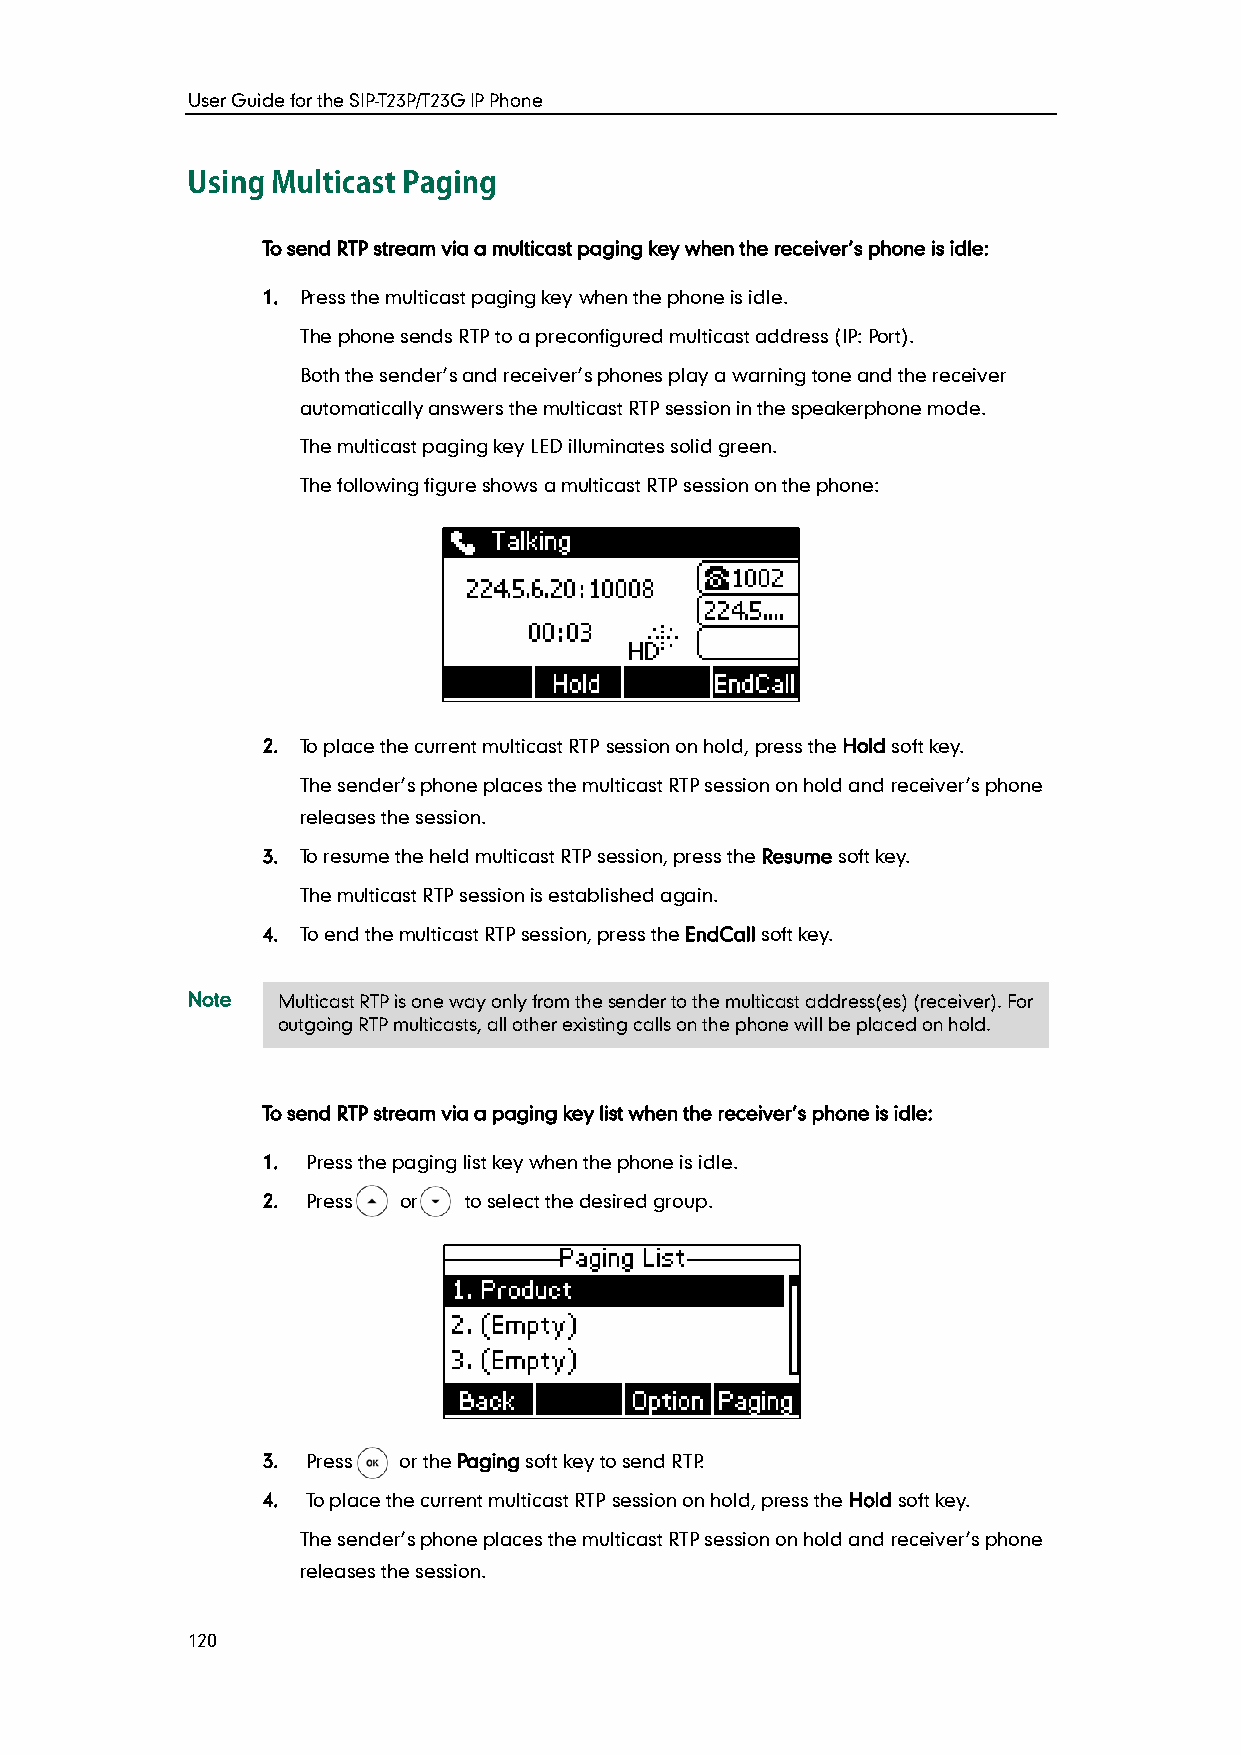
User Guide for the SIP-T23P/T23G IP Phone
 To send RTP stream via a multicast paging key when the receiver’s phone is idle:
 1. Press the multicast paging key when the phone is idle.
 The phone sends RTP to a preconfigured multicast address (IP: Port).
 Both the sender’s and receiver’s phones play a warning tone and the receiver
 automatically answers the multicast RTP session in the speakerphone mode.
 The multicast paging key LED illuminates solid green.
 The following figure shows a multicast RTP session on the phone:
 2. To place the current multicast RTP session on hold, press the Hold soft key.
 The sender’s phone places the multicast RTP session on hold and receiver’s phone
 releases the session.
 3. To resume the held multicast RTP session, press the Resume soft key.
 The multicast RTP session is established again.
 4. To end the multicast RTP session, press the EndCall soft key.
 Note  Multicast RTP is one way only from the sender to the multicast address(es) (receiver). For
 outgoing RTP multicasts, all other existing calls on the phone will be placed on hold.
 To send RTP stream via a paging key list when the receiver’s phone is idle:
 1. Press the paging list key when the phone is idle.
 2. Press or   to select the desired group.
 3. Press or the Paging soft key to send RTP.
 4. To place the current multicast RTP session on hold, press the Hold soft key.
 The sender’s phone places the multicast RTP session on hold and receiver’s phone
 releases the session.
 120